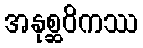
အနုစ္ဆဝိကဿ